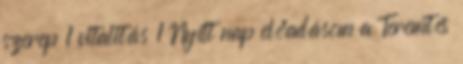
szerep 1 vitalitás 1 Nyílt nap előadásom a Teremtés